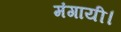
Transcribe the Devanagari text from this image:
मंगायी।